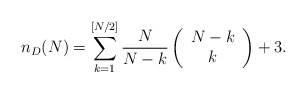
\begin{align*}n_D(N)=\sum_{k=1}^{[N/2]} \frac{N}{N-k}\left(\begin{array}{c}N-k \\k\end{array}\right)+3.\end{align*}